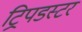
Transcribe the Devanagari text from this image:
ट्रिपडस्टर